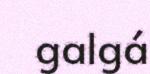
galgá